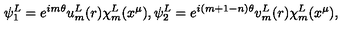
\psi _ { 1 } ^ { L } = e ^ { i m \theta } u _ { m } ^ { L } ( r ) \chi _ { m } ^ { L } ( x ^ { \mu } ) , \psi _ { 2 } ^ { L } = e ^ { i ( m + 1 - n ) \theta } v _ { m } ^ { L } ( r ) \chi _ { m } ^ { L } ( x ^ { \mu } ) ,